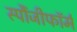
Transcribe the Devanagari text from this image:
स्पौंजीफॉर्म